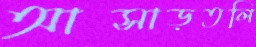
আসাড়তলি